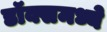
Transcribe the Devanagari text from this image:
डॉक्समध्ये